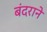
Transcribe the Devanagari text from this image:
बंदराने